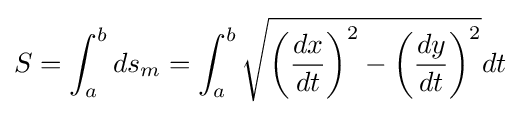
S=\int _{a}^{b}ds_{m}=\int _{a}^{b}{\sqrt {\left({\frac {dx}{dt}}\right)^{2}-\left({\frac {dy}{dt}}\right)^{2}}}dt